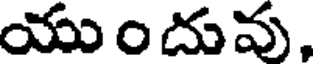
యుందువు,